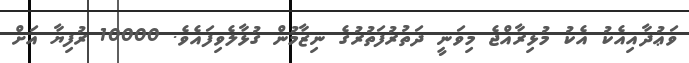
ވަޢުދާއިއެކު އެކު މުޅިރާއްޖެ މިވަނީ ދަތުރުފަތުރުގެ ނިޒާމުން ގުޅާލެވިފައެވެ. 10000 ރުފިޔާ އަށް